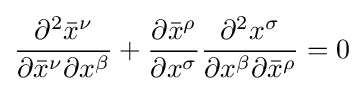
{\frac {\partial ^{2}{\bar {x}}^{\nu }}{\partial {\bar {x}}^{\nu }\partial x^{\beta }}}+{\frac {\partial {\bar {x}}^{\rho }}{\partial x^{\sigma }}}{\frac {\partial ^{2}x^{\sigma }}{\partial x^{\beta }\partial {\bar {x}}^{\rho }}}=0